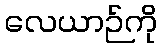
လေယာဉ်ကို